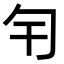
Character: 𠣍